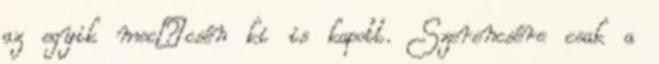
az egyik mec�csén ki is kapott. Szerencsére csak a